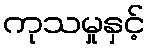
ကုသမှုနှင့်